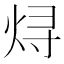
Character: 𬊈